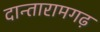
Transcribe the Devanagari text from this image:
दान्तारामगढ़